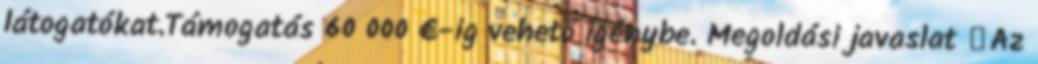
látogatókat.Támogatás 60 000 €-ig vehető igénybe. Megoldási javaslat ▪Az